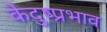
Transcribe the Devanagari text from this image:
केदुष्प्रभाव